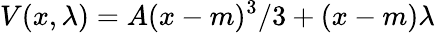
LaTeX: V(x,\lambda)=A(x-m)^{3}/3+(x-m)\lambda